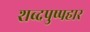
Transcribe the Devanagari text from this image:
शब्दपुष्पहार